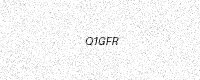
Text: Q1GFR